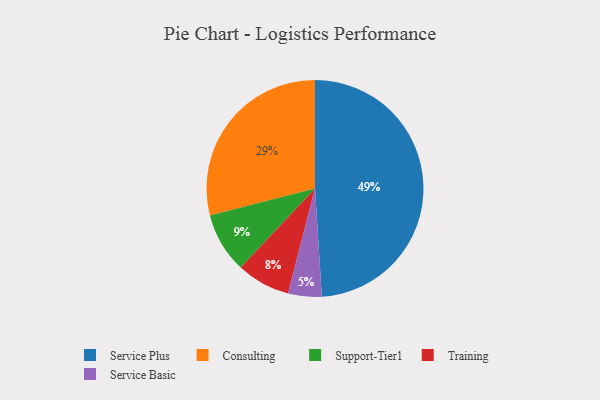
{"axis": {"x": "Category", "y": "Percentage"}, "legend": ["Consulting", "Service Basic", "Service Plus", "Support-Tier1", "Training"], "data": [{"x": "Service Basic", "y": 5, "type": "Service Basic"}, {"x": "Training", "y": 8, "type": "Training"}, {"x": "Service Plus", "y": 49, "type": "Service Plus"}, {"x": "Consulting", "y": 29, "type": "Consulting"}, {"x": "Support-Tier1", "y": 9, "type": "Support-Tier1"}]}